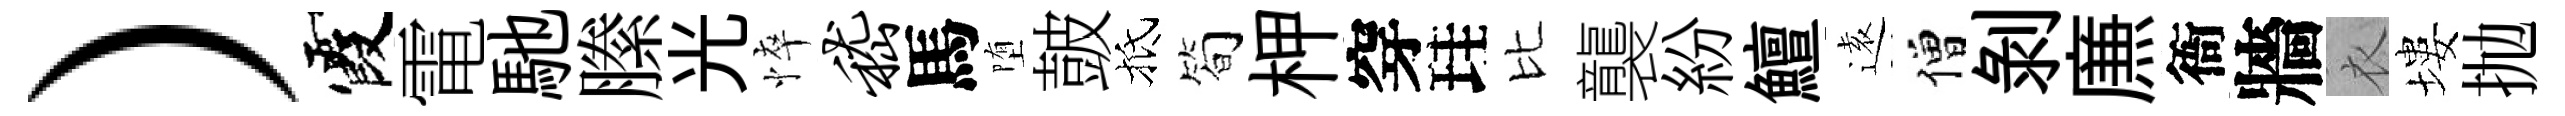
）霞電馳縢光悴嵇馬堕皷抵筍柙穿珪比襲紛鱣逺僧剝㢘衙牆衣塿抛